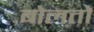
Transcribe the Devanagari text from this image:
बोलतों